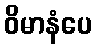
ဝိမာနံပေ